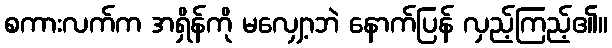
စကားလက်က အရှိန်ကို မလျှော့ဘဲ နောက်ပြန် လှည့်ကြည့်၏။